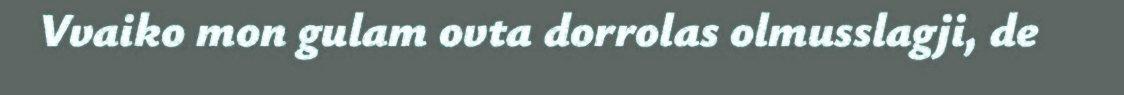
Vvaiko mon gulam ovta dorrolas olmusslagji, de